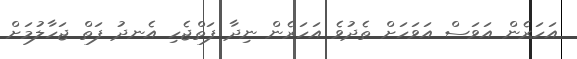
އަހަރެން އަވަސް އަވަހަށް ތެދުވެ އަހަރެން ނިދާ ފަތްޖެހި އެނދު ފަތް ޖަހާލުމަށް